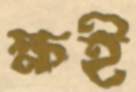
ক্ষই